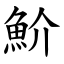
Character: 魪